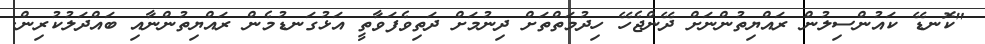
"ކޮނޑޭ ކައުންސިލުން ރައްޔިތުންނަށް ދޭންޖެހޭ ހިދުމަތްތަށް ދިނުމަށް ދަތިވެފަވާތީ އަޅުގަނޑުމެން ރައްޔިތުންނާއި ބައްދަލުކުރިން.